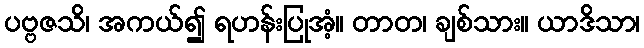
ပဗ္ဗဇသိ၊ အကယ်၍ ရဟန်းပြုအံ့။ တာတ၊ ချစ်သား။ ယာဒိသာ၊